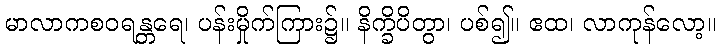
မာလာကစဝရန္တရေ၊ ပန်းမှိုက်ကြား၌။ နိက္ခိပိတွာ၊ ပစ်၍။ ဧထ၊ လာကုန်လော့။